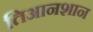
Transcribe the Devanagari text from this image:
तिआनशान